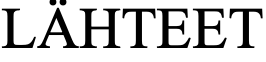
LÄHTEET